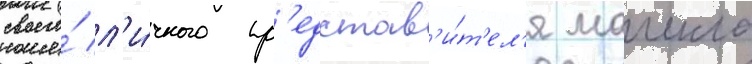
своего́ л'и́чного пр'едстав'и́т'ел'я маикла